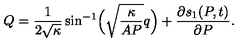
Q = \frac { 1 } { 2 \sqrt { \kappa } } \sin ^ { - 1 } \Bigl ( \sqrt { \frac { \kappa } { A P } } q \Bigr ) + \frac { \partial s _ { 1 } ( P , t ) } { \partial P } .